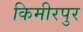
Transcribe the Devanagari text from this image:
किमीरपुर